Lunatic asylums in Bengal annual reports 1888-1898 - 1888-1898
Year: 1888
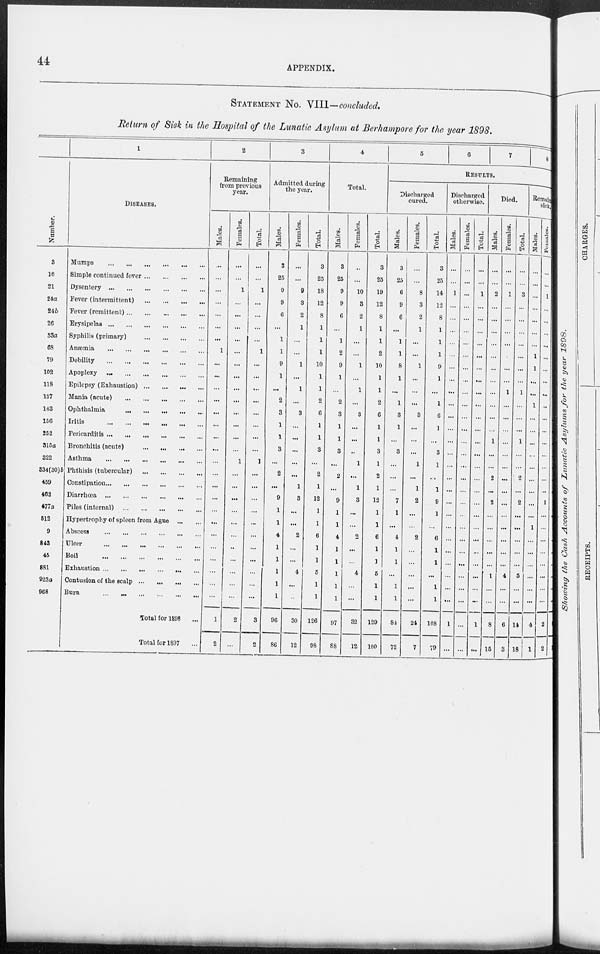
44
APPENDIX.
STATEMENT No. VIII—concluded.
Return of Sick in the Hospital of the Lunatic Asylum at Berhampore for the year 1898.
Number.
3
16
21
24a
24b
26
33a
68
79
102
118
137
143
156
252
315a
322
334(30)b
459
462
477a
512
9
843
45
881
923a
968
1
DISEASES.
Mumps
...
...
...
...
...
...
Simple continued fever ... ... ... ...
Dysentery ... ... ... ... ... ...
Fever (intermittent)
...
...
...
...
Fever (remittent) ... ... ... ... ...
Erysipelas
...
...
...
...
...
...
Syphilis (primary)
...
...
...
...
Anæmia
... ... ... ... ... ...
Debility
...
...
...
...
...
...
Apoplexy
...
...
...
...
...
...
Epilepsy (Exhaustion)
...
...
...
...
Mania (acute)
...
...
...
...
...
Ophthalmia
...
...
...
...
...
Iritis
...
...
...
...
...
...
Pericarditis ...
...
...
...
...
...
Bronchitis (acute) ... ... ... ...
Asthma
...
...
...
...
...
...
Phthisis (tubercular)
...
...
...
...
Constipation ... ... ... ... ... ...
Diarrhœa
...
...
...
...
...
...
Piles (internal)
...
...
...
...
...
Hypertrophy of spleen from Ague ... ...
Abscess
...
...
...
...
...
...
Ulcer ... ... ... ... ... ...
Boil
...
...
...
...
...
...
Exhaustion
...
...
...
...
...
...
Contusion of the scalp
...
...
...
...
Burn
... ... ... ... ... ...
Total for 1898 ...
Total for 1897 ...
2
Remaining
from previous
year.
Males.
...
...
...
...
...
...
...
1
...
...
...
...
...
...
...
...
...
...
...
...
...
...
...
...
...
...
...
...
1
2
Females.
...
...
1
...
...
...
...
...
...
...
...
...
...
...
...
...
1
...
...
...
...
...
...
...
...
...
...
...
2
...
Total.
...
...
1
...
...
...
...
1
...
...
...
...
...
...
...
...
1
...
...
...
...
...
...
...
...
...
...
...
3
2
3
Admitted during
the year.
Males.
3
25
9
9
6
...
1
1
9
1
...
2
3
1
1
3
...
2
...
9
1
1
4
1
1
1
1
1
96
86
Females.
...
...
9
3
2
1
...
...
1
...
1
...
3
...
...
...
...
...
1
3
...
...
2
...
...
4
...
...
30
12
Total.
3
25
18
12
8
1
1
1
10
1
1
2
6
1
1
3
...
2
1
12
1
1
6
1
1
5
1
1
126
98
4
Total.
Males.
3
25
9
9
6
...
1
2
9
1
...
2
3
1
1
3
...
2
...
9
1
1
4
1
1
1
1
1
97
88
Females.
...
...
10
3
2
1
...
...
1
...
1
...
3
...
...
...
1
...
1
3
...
...
2
...
...
4
...
...
32
12
Total.
3
25
19
12
8
1
1
2
10
1
1
2
6
1
1
3
1
2
1
12
1
1
6
1
1
5
1
1
129
100
5
6
7
8
RESULTS.
Discharged
cured.
Males.
3
25
6
9
6
...
1
1
8
1
...
1
3
1
...
3
...
...
...
7
1
...
4
1
1
...
1
1
84
72
Females.
...
...
8
3
2
1
...
...
1
...
...
...
3
...
...
...
1
...
1
2
...
...
2
...
...
...
...
...
24
7
Total.
3
25
14
12
8
1
1
1
9
1
...
1
6
1
...
3
1
...
1
9
1
...
6
1
1
...
1
1
108
79
Discharged
otherwise.
Males.
...
...
1
...
...
...
...
...
...
...
...
...
...
...
...
...
...
...
...
...
...
...
...
...
...
...
...
...
1
...
Females.
...
...
...
...
...
...
...
...
...
...
...
...
...
...
...
...
...
...
...
...
...
...
...
...
...
...
...
...
...
...
Total.
...
...
1
...
...
...
...
...
...
...
...
...
...
...
...
...
...
...
...
...
...
...
...
...
...
...
...
...
1
...
Died.
Males.
...
...
2
...
...
...
...
...
...
...
...
...
...
...
1
...
...
2
...
2
...
...
...
...
...
1
...
...
8
15
Females.
...
...
1
...
...
...
...
...
...
...
1
...
...
...
...
...
...
...
...
...
...
...
...
...
...
4
...
...
6
3
Total.
...
...
3
...
...
...
...
...
...
...
1
...
...
...
1
...
...
2
...
2
...
...
...
...
...
5
...
...
14
18
Remaining
sick.
Males.
...
...
...
...
...
...
...
1
1
...
...
1
...
...
...
...
...
...
...
...
...
1
...
...
...
...
...
...
4
1
Females.
...
...
1
...
...
...
...
...
...
...
...
...
...
...
...
...
...
...
...
1
...
...
...
...
...
...
...
...
2
2